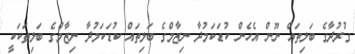
ގުރުދާގެ ބަލިތައް ނޫން އެހެން ކުޑަކަމުދާ ނިޒާމްގެ ބަލިތައް ކުޑަކަމުދާ ނިޒާމްގެ ބަލިތަކަކީ